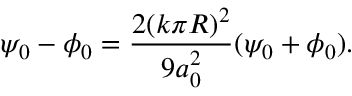
\psi _ { 0 } - \phi _ { 0 } = \frac { 2 ( k \pi R ) ^ { 2 } } { 9 a _ { 0 } ^ { 2 } } ( \psi _ { 0 } + \phi _ { 0 } ) .